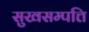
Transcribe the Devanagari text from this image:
सुखसम्पत्ति